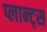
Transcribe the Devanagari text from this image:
प्लान्ट्स